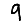
Digit: 9